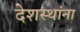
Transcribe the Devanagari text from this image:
देशस्थांना